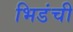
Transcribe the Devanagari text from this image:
भिडंची